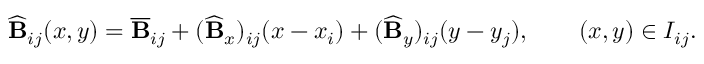
\widehat { \mathbf { B } } _ { i j } ( x , y ) = \overline { { \mathbf { B } } } _ { i j } + ( \widehat { \mathbf { B } } _ { x } ) _ { i j } ( x - x _ { i } ) + ( \widehat { \mathbf { B } } _ { y } ) _ { i j } ( y - y _ { j } ) , \qquad ( x , y ) \in I _ { i j } .